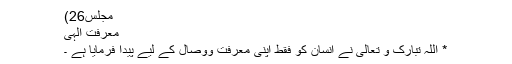
مجلس26)
معرفتِ الٰہی
* اللہ تبارک و تعالیٰ نے انسان کو فقط اپنی معرفت ووصال کے لیے پیدا فرمایا ہے ۔